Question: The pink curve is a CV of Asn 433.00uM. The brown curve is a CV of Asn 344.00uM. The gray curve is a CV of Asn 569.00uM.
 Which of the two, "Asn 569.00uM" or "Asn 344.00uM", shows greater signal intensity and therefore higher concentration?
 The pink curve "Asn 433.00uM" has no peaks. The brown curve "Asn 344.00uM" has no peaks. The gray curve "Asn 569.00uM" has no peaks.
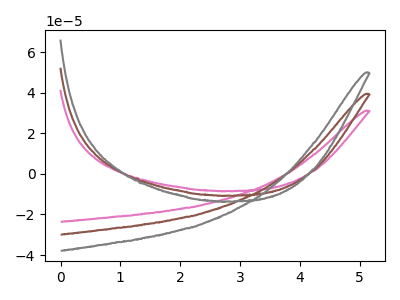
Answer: <think>Neither "Asn 569.00uM" or "Asn 344.00uM" have any peaks.
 </think>
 <answer>I cant tell if "Asn 569.00uM" or "Asn 344.00uM" has higher concentration.</answer>
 <eval>mixed_concentration</eval>